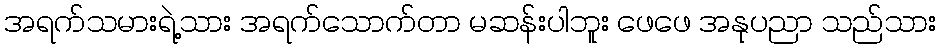
အရက်သမားရဲ့သား အရက်သောက်တာ မဆန်းပါဘူး ဖေဖေ အနုပညာ သည်သား